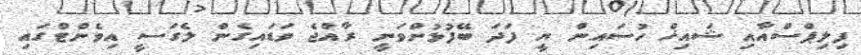
ފިލިޕްސްއާއި ޝައިޚް ހުސައިން ޔީ ފަދަ ބޭފުޅުންވަނީ ރާއްޖެ ވަޑައިގެން ލެގަސީ އިވެންޓްގައި